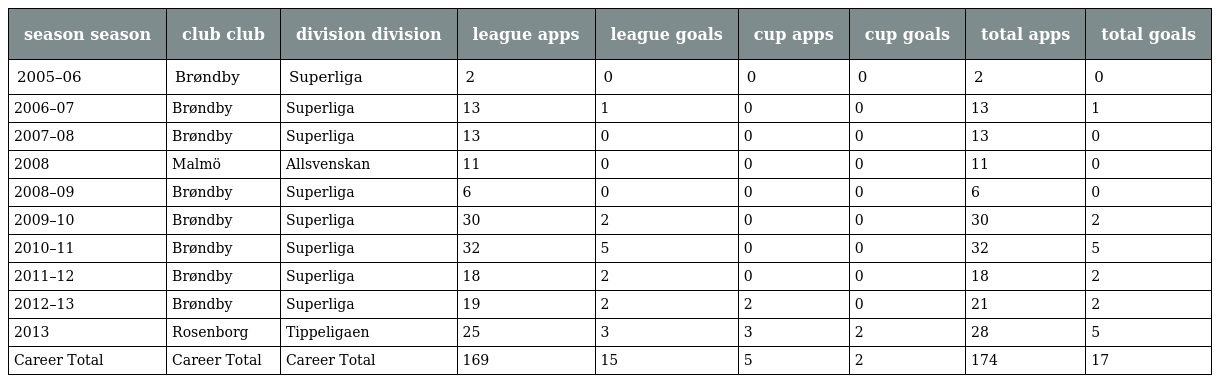
| season season | club club | division division | league apps | league goals | cup apps | cup goals | total apps | total goals |
 | --- | --- | --- | --- | --- | --- | --- | --- | --- |
 | 2005–06 | Brøndby | Superliga | 2 | 0 | 0 | 0 | 2 | 0 |
 | 2006–07 | Brøndby | Superliga | 13 | 1 | 0 | 0 | 13 | 1 |
 | 2007–08 | Brøndby | Superliga | 13 | 0 | 0 | 0 | 13 | 0 |
 | 2008 | Malmö | Allsvenskan | 11 | 0 | 0 | 0 | 11 | 0 |
 | 2008–09 | Brøndby | Superliga | 6 | 0 | 0 | 0 | 6 | 0 |
 | 2009–10 | Brøndby | Superliga | 30 | 2 | 0 | 0 | 30 | 2 |
 | 2010–11 | Brøndby | Superliga | 32 | 5 | 0 | 0 | 32 | 5 |
 | 2011–12 | Brøndby | Superliga | 18 | 2 | 0 | 0 | 18 | 2 |
 | 2012–13 | Brøndby | Superliga | 19 | 2 | 2 | 0 | 21 | 2 |
 | 2013 | Rosenborg | Tippeligaen | 25 | 3 | 3 | 2 | 28 | 5 |
 | Career Total | Career Total | Career Total | 169 | 15 | 5 | 2 | 174 | 17 |